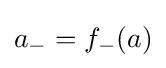
a_{-}=f_{-}(a)